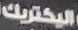
اليكتريك